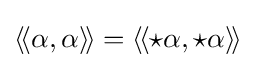
\langle \!\langle \alpha ,\alpha \rangle \!\rangle =\langle \!\langle {\star }\alpha ,{\star }\alpha \rangle \!\rangle